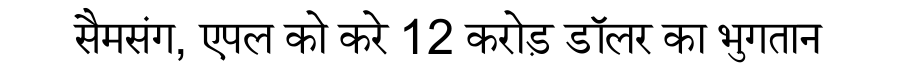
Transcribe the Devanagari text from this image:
सैमसंग, एपल को करे 12 करोड़ डॉलर का भुगतान